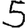
Digit: 5